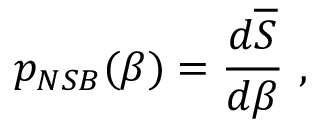
p _ { N S B } ( \beta ) = \frac { d \overline { { S } } } { d \beta } ~ ,